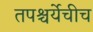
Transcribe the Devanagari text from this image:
तपश्चर्येचीच